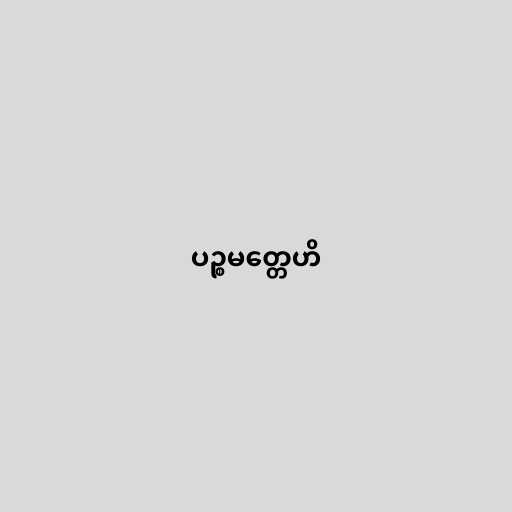
ပဉ္စမတ္တေဟိ